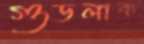
গুডলাক